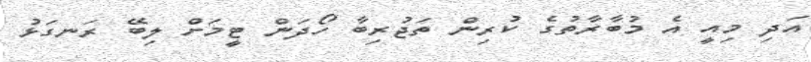
އަދި މިއީ އެ މުބާރާތުގެ ކުރިން ތަޖުރިބާ ހޯދަން ޓީމަށް ލިބޭ ރަނގަޅު